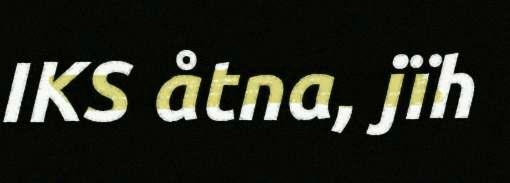
IKS åtna, jïh